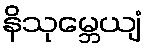
နိသုမ္ဘေယျံ